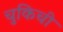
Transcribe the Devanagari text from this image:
चुकिची